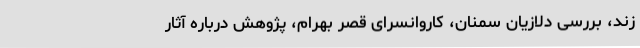
زند، بررسی دلازیان سمنان، کاروانسرای قصر بهرام، پژوهش درباره آثار